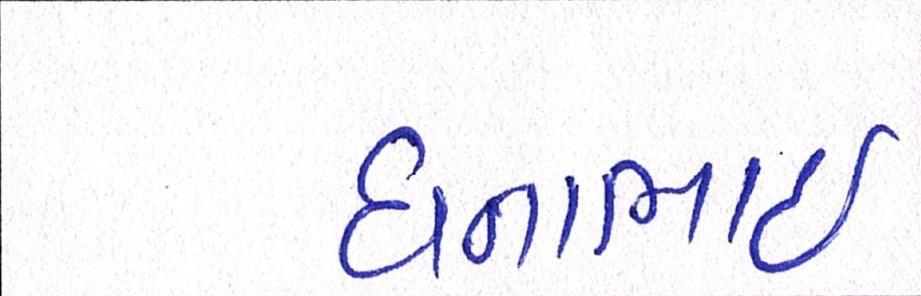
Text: ધનાભાઇ